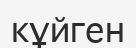
кұйген